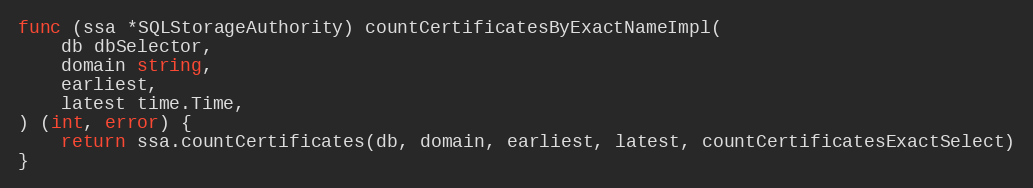
Language: Go
func (ssa *SQLStorageAuthority) countCertificatesByExactNameImpl(
	db dbSelector,
	domain string,
	earliest,
	latest time.Time,
) (int, error) {
	return ssa.countCertificates(db, domain, earliest, latest, countCertificatesExactSelect)
}